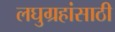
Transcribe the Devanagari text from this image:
लघुग्रहांसाठी